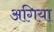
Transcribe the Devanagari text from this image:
अगिया